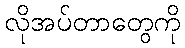
လိုအပ်တာတွေကို